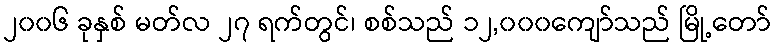
၂၀၀၆ ခုနှစ် မတ်လ ၂၇ ရက်တွင်၊ စစ်သည် ၁၂,၀၀၀ကျော်သည် မြို့တော်